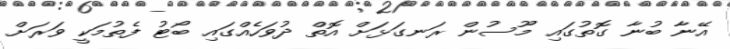
އޭނާ ބުނާ ގޮތުގައި މޫސުން ރަނގަޅަށް އޮތް ދުވަހެއްގައި ބޯޓު ފެތުމަކީ ވަރަށް